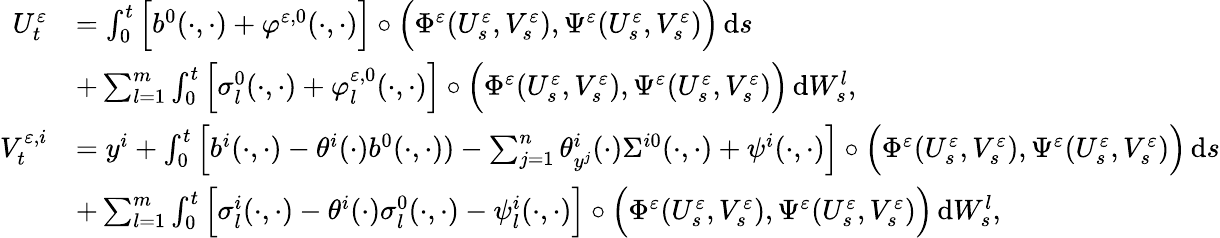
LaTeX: \begin{array}{rl}{U_{t}^{\varepsilon}}&{=\int_{0}^{t}\Big[b^{0}(\cdot,\cdot)+\varphi^{\varepsilon,0}(\cdot,\cdot)\Big]\circ\Big(\Phi^{\varepsilon}(U_{s}^{\varepsilon},V_{s}^{\varepsilon}),\Psi^{\varepsilon}(U_{s}^{\varepsilon},V_{s}^{\varepsilon})\Big)\, \mathrm{d}s}\\ &{+\sum_{l=1}^{m}\int_{0}^{t}\Big[\sigma_{l}^{0}(\cdot,\cdot)+\varphi_{l}^{\varepsilon,0}(\cdot,\cdot)\Big]\circ\Big(\Phi^{\varepsilon}(U_{s}^{\varepsilon},V_{s}^{\varepsilon}),\Psi^{\varepsilon}(U_{s}^{\varepsilon},V_{s}^{\varepsilon})\Big)\, \mathrm{d}W_{s}^{l},}\\ {V_{t}^{\varepsilon,i}}&{=y^{i}+\int_{0}^{t}\Big[b^{i}(\cdot,\cdot)-\theta^{i}(\cdot)b^{0}(\cdot,\cdot))-\sum_{j=1}^{n}\theta_{y^{j}}^{i}(\cdot)\Sigma^{i0}(\cdot,\cdot)+\psi^{i}(\cdot,\cdot)\Big]\circ\Big(\Phi^{\varepsilon}(U_{s}^{\varepsilon},V_{s}^{\varepsilon}),\Psi^{\varepsilon}(U_{s}^{\varepsilon},V_{s}^{\varepsilon})\Big)\, \mathrm{d}s}\\ &{+\sum_{l=1}^{m}\int_{0}^{t}\Big[\sigma_{l}^{i}(\cdot,\cdot)-\theta^{i}(\cdot)\sigma_{l}^{0}(\cdot,\cdot)-\psi_{l}^{i}(\cdot,\cdot)\Big]\circ\Big(\Phi^{\varepsilon}(U_{s}^{\varepsilon},V_{s}^{\varepsilon}),\Psi^{\varepsilon}(U_{s}^{\varepsilon},V_{s}^{\varepsilon})\Big)\, \mathrm{d}W_{s}^{l},}\end{array}